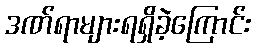
ဒဏ်ရာများရရှိခဲ့ကြောင်း